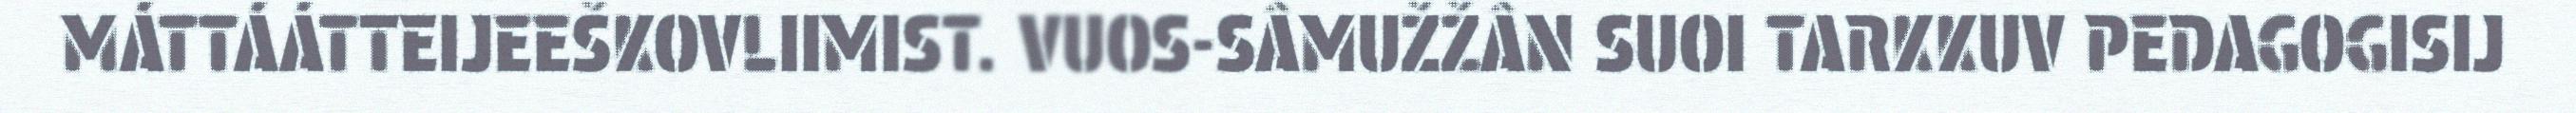
MÁTTÁÁTTEIJEEŠKOVLIIMIST. VUOS-SÂMUŽŽÂN SUOI TARKKUV PEDAGOGISIJ